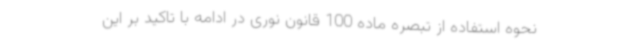
نحوه استفاده از تبصره ماده 100 قانون نوری در ادامه با تاکید بر این